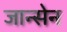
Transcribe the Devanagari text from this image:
जान्सेन